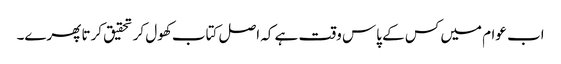
اب عوام میں کس کے پاس وقت ہے کہ اصل کتاب کھول کر تحقیق کرتا پھرے۔